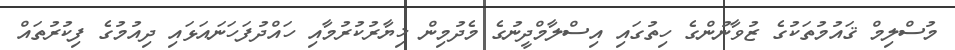
މުސްލިމް ޤައުމުތަކުގެ ޒުވާނުންގެ ހިތުގައި އިސްލާމްދީނުގެ މެދުމިން ޚިޔާރުކުރުމާއި ހައްދުފަހަނައަޅައި ދިއުމުގެ ފިކުރުތައް